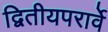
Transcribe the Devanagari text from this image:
द्वितीयपरार्वे